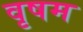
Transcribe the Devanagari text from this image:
वृषम